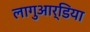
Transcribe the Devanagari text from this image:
लागुआर्डिया